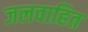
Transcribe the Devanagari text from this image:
जलवाहित